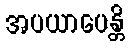
အပယာပေန္တိ